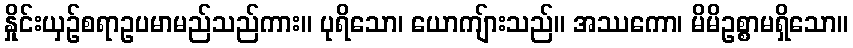
နှိုင်းယှဉ်စရာဥပမာမည်သည်ကား။ ပုရိသော၊ ယောကျ်ားသည်။ အဿကော၊ မိမိဥစ္စာမရှိသော။